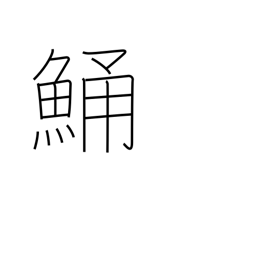
Meaning: flathead (fish)